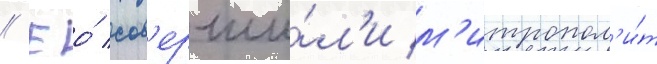
// Ео́ сов'ерши́л'и м'итропол'и́т